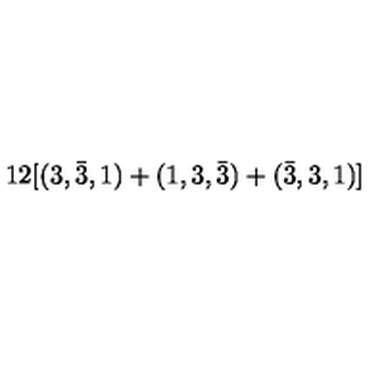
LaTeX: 1 2 [ ( 3 , \bar { 3 } , 1 ) + ( 1 , 3 , \bar { 3 } ) + ( \bar { 3 } , 3 , 1 ) ]